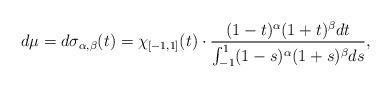
LaTeX: \begin{align*}d\mu=d\sigma_{\alpha,\beta}(t)=\chi_{[-1,1]}(t)\cdot \frac{(1-t)^\alpha(1+t)^\beta dt}{\int_{-1}^1 (1-s)^\alpha(1+s)^\beta ds },\end{align*}